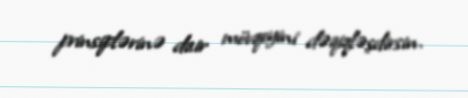
prinsiplərinə dair mövqeyini dəqiqləşdirsin.